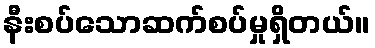
နီးစပ်သောဆက်စပ်မှုရှိတယ်။